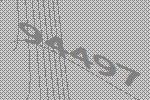
94497